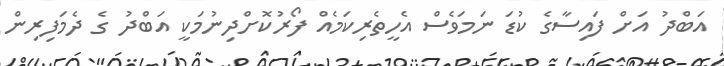
އަބްދު އަށް ފައިސާގެ ކުޑަ ނަމަވެސް އެހީތެރިކަމެއް ފޯރުކޮށްދިނުމަކީ އަބްދު ގެ ދެމަފިރިން